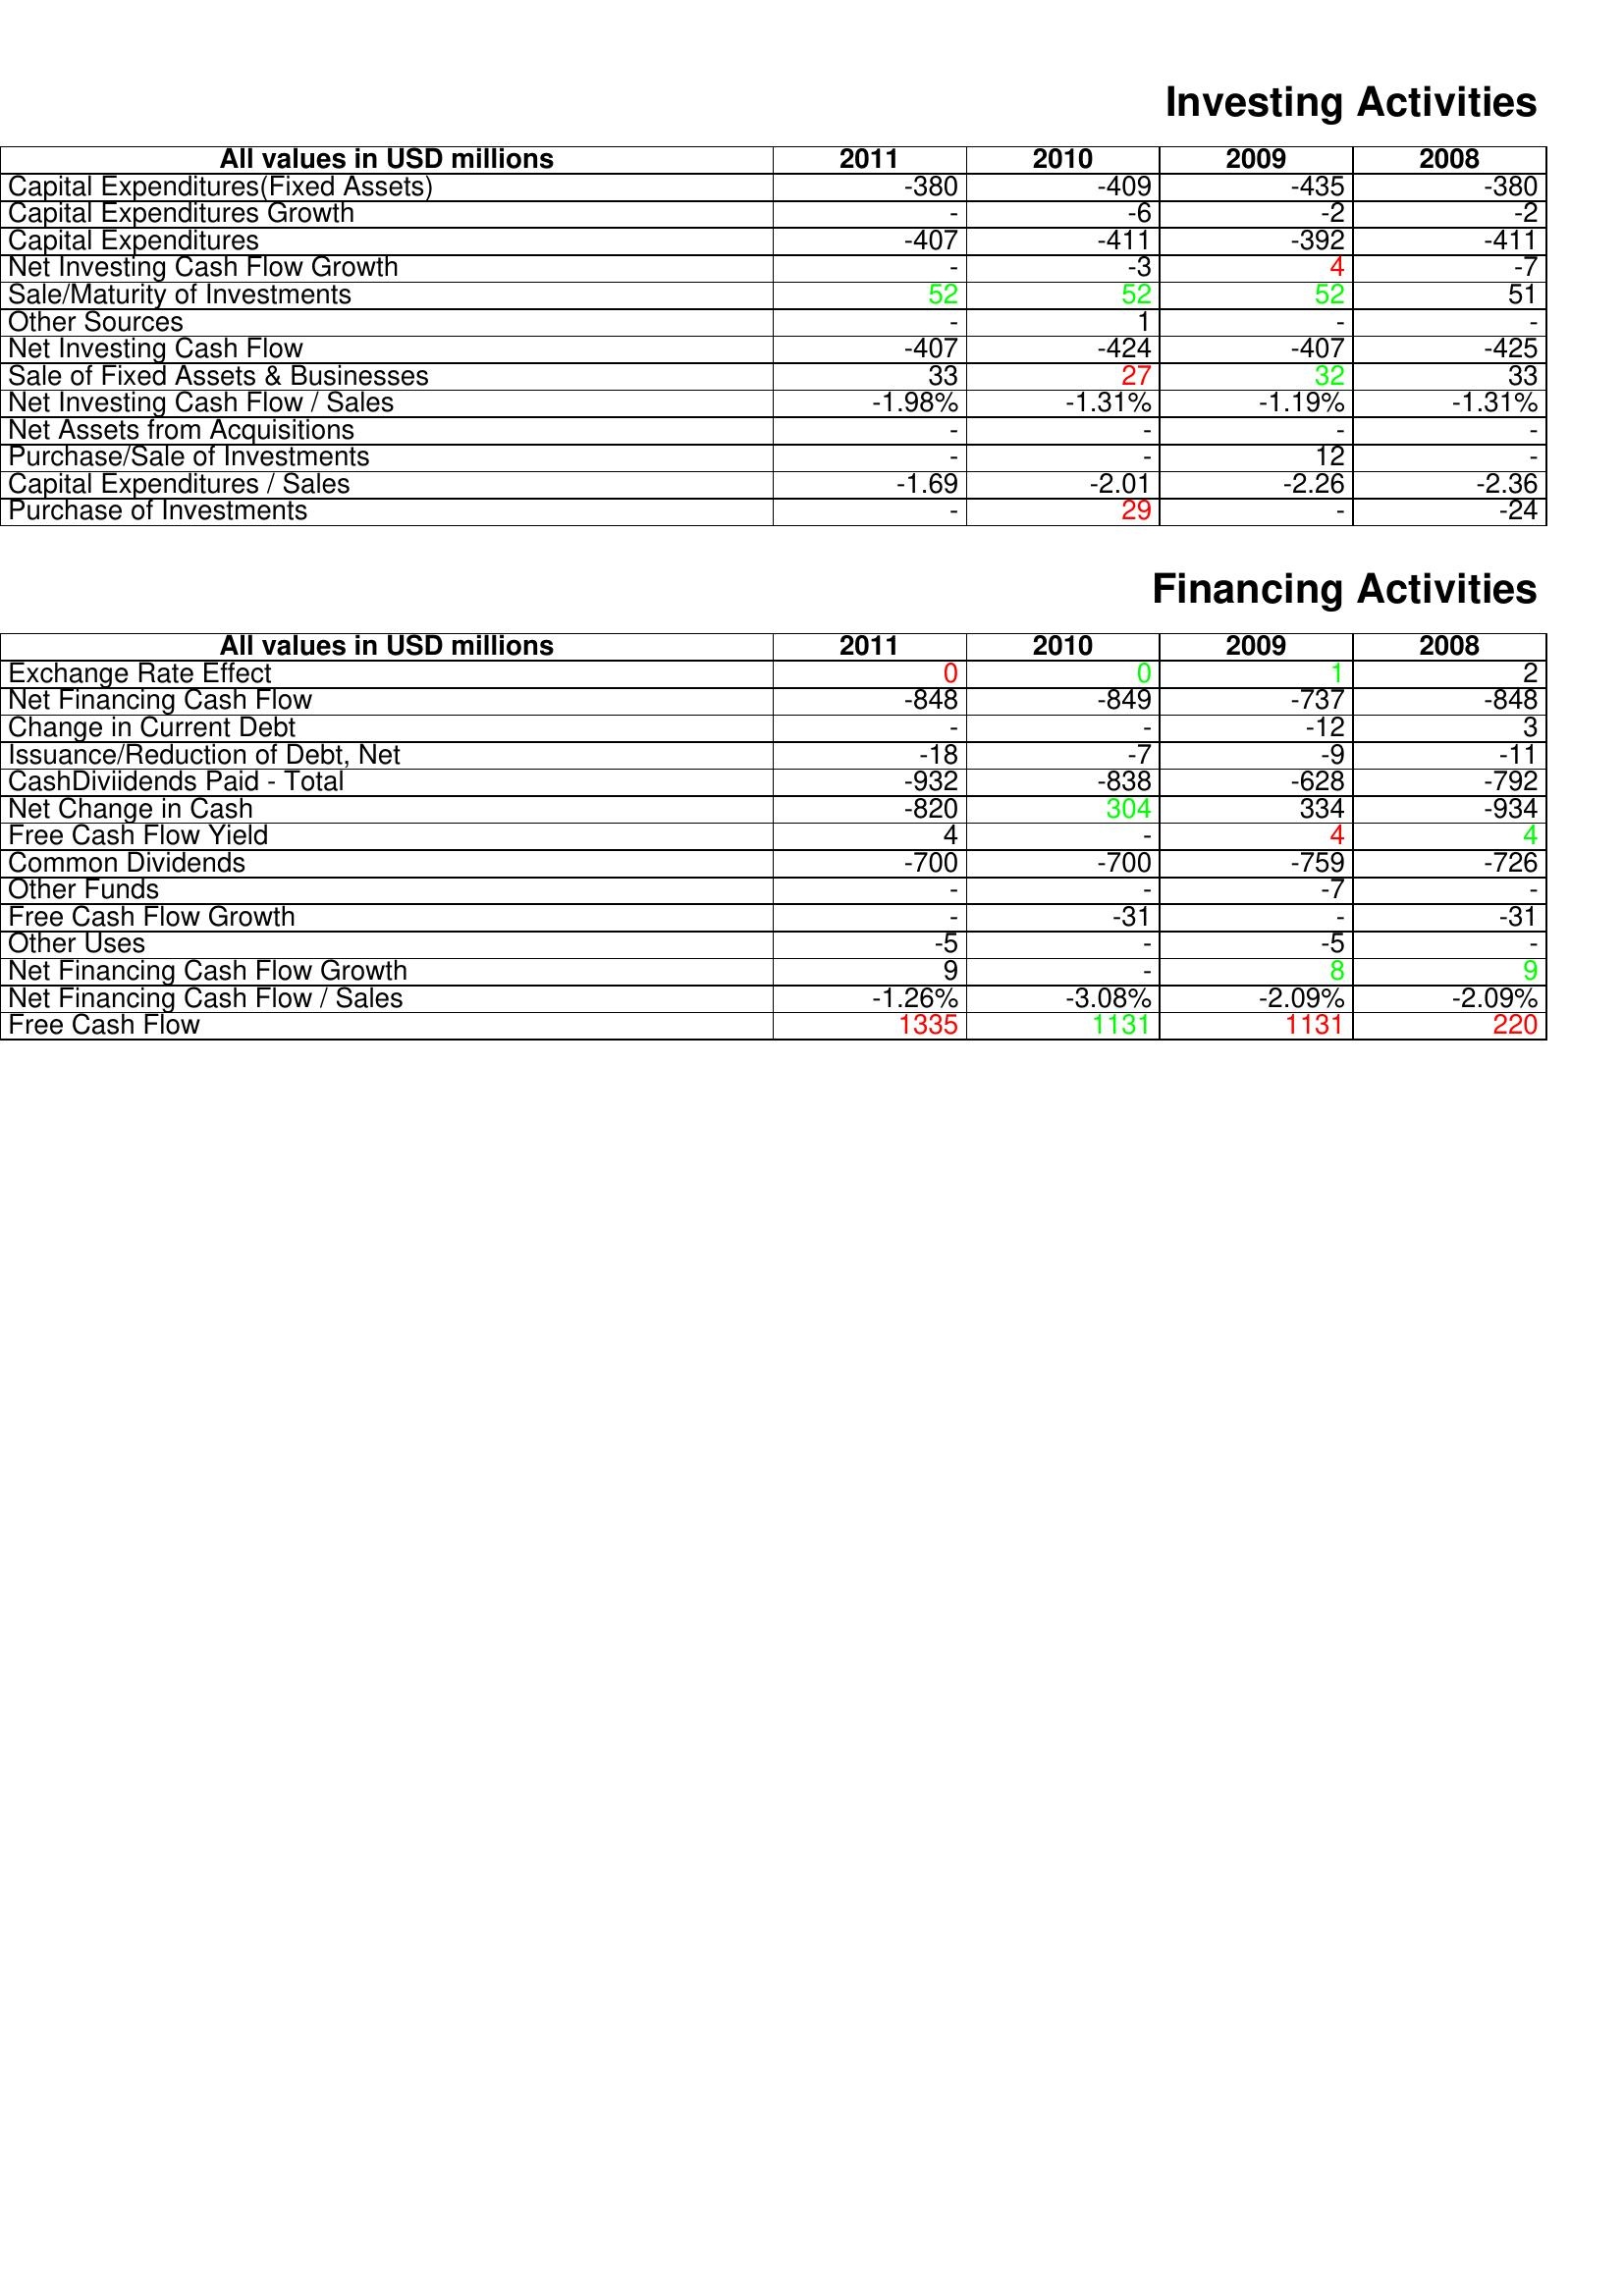
gt_parse: 2011: Investing Activities: Capital Expenditures(Fixed Assets): -380
Capital Expenditures Growth: -
Capital Expenditures: -407
Net Investing Cash Flow Growth: -
Sale/Maturity of Investments: 52
Other Sources: -
Net Investing Cash Flow: -407
Sale of Fixed Assets & Businesses: 33
Net Investing Cash Flow / Sales: -1.98%
Net Assets from Acquisitions: -
Purchase/Sale of Investments: -
Capital Expenditures / Sales: -1.69
Purchase of Investments: -
Financing Activities: Exchange Rate Effect: 0
Net Financing Cash Flow: -848
Change in Current Debt: -
Issuance/Reduction of Debt, Net: -18
CashDiviidends Paid - Total: -932
Net Change in Cash: -820
Free Cash Flow Yield: 4
Common Dividends: -700
Other Funds: -
Free Cash Flow Growth: -
Other Uses: -5
Net Financing Cash Flow Growth: 9
Net Financing Cash Flow / Sales: -1.26%
Free Cash Flow: 1335
2010: Investing Activities: Capital Expenditures(Fixed Assets): -409
Capital Expenditures Growth: -6
Capital Expenditures: -411
Net Investing Cash Flow Growth: -3
Sale/Maturity of Investments: 52
Other Sources: 1
Net Investing Cash Flow: -424
Sale of Fixed Assets & Businesses: 27
Net Investing Cash Flow / Sales: -1.31%
Net Assets from Acquisitions: -
Purchase/Sale of Investments: -
Capital Expenditures / Sales: -2.01
Purchase of Investments: 29
Financing Activities: Exchange Rate Effect: 0
Net Financing Cash Flow: -849
Change in Current Debt: -
Issuance/Reduction of Debt, Net: -7
CashDiviidends Paid - Total: -838
Net Change in Cash: 304
Free Cash Flow Yield: -
Common Dividends: -700
Other Funds: -
Free Cash Flow Growth: -31
Other Uses: -
Net Financing Cash Flow Growth: -
Net Financing Cash Flow / Sales: -3.08%
Free Cash Flow: 1131
2009: Investing Activities: Capital Expenditures(Fixed Assets): -435
Capital Expenditures Growth: -2
Capital Expenditures: -392
Net Investing Cash Flow Growth: 4
Sale/Maturity of Investments: 52
Other Sources: -
Net Investing Cash Flow: -407
Sale of Fixed Assets & Businesses: 32
Net Investing Cash Flow / Sales: -1.19%
Net Assets from Acquisitions: -
Purchase/Sale of Investments: 12
Capital Expenditures / Sales: -2.26
Purchase of Investments: -
Financing Activities: Exchange Rate Effect: 1
Net Financing Cash Flow: -737
Change in Current Debt: -12
Issuance/Reduction of Debt, Net: -9
CashDiviidends Paid - Total: -628
Net Change in Cash: 334
Free Cash Flow Yield: 4
Common Dividends: -759
Other Funds: -7
Free Cash Flow Growth: -
Other Uses: -5
Net Financing Cash Flow Growth: 8
Net Financing Cash Flow / Sales: -2.09%
Free Cash Flow: 1131
2008: Investing Activities: Capital Expenditures(Fixed Assets): -380
Capital Expenditures Growth: -2
Capital Expenditures: -411
Net Investing Cash Flow Growth: -7
Sale/Maturity of Investments: 51
Other Sources: -
Net Investing Cash Flow: -425
Sale of Fixed Assets & Businesses: 33
Net Investing Cash Flow / Sales: -1.31%
Net Assets from Acquisitions: -
Purchase/Sale of Investments: -
Capital Expenditures / Sales: -2.36
Purchase of Investments: -24
Financing Activities: Exchange Rate Effect: 2
Net Financing Cash Flow: -848
Change in Current Debt: 3
Issuance/Reduction of Debt, Net: -11
CashDiviidends Paid - Total: -792
Net Change in Cash: -934
Free Cash Flow Yield: 4
Common Dividends: -726
Other Funds: -
Free Cash Flow Growth: -31
Other Uses: -
Net Financing Cash Flow Growth: 9
Net Financing Cash Flow / Sales: -2.09%
Free Cash Flow: 220